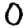
Digit: 0